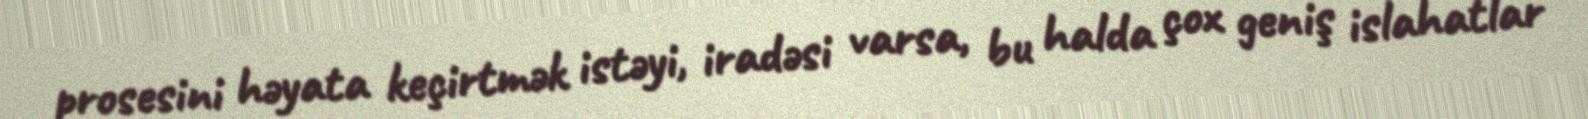
prosesini həyata keçirtmək istəyi, iradəsi varsa, bu halda çox geniş islahatlar